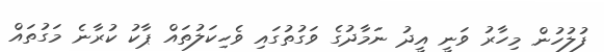
ފުލުހުން މިހާރު ވަނީ އީދު ނަމާދުގެ ވަގުތުގައި ވެހިކަލުތައް ޕާކު ކުރާނެ މަގުތައް